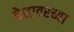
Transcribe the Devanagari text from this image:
देशावरच्या